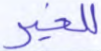
للخير